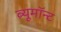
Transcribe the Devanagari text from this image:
ब्यूमॉन्ट